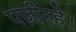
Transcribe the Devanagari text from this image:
पज़ीरहे।